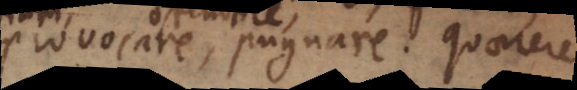
provocare, pugnare. Quaerere,